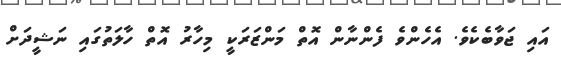
އައި ޖަވާބެކެވެ. އެހެންވެ ފެންނާން އޮތް މަންޒަރަކީ މިހާރު އޮތް ހާލަތުގައި ނަޝީދަށް